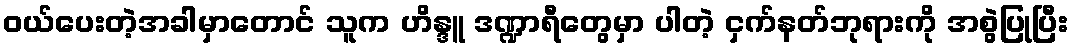
ဝယ်ပေးတဲ့အခါမှာတောင် သူက ဟိန္ဒူ ဒဏ္ဍာရီတွေမှာ ပါတဲ့ ငှက်နတ်ဘုရားကို အစွဲပြုပြီး